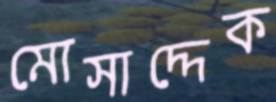
মোসাদ্দেক